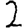
Digit: 2